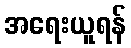
အရေးယူရန်